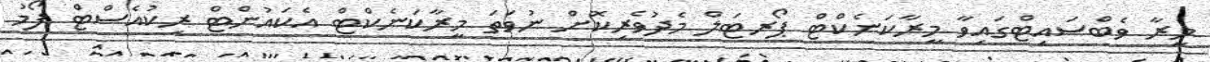
މީރާ ވެބްސައިޓްގައިވާ މީރާކަނެކްޓް ޕޯރޓަލް މެދުވެރިކޮށް ނުވަތަ މީރާކަނެކްޓް އެކައުންޓް ރިކުއެސްޓް ފޯމު